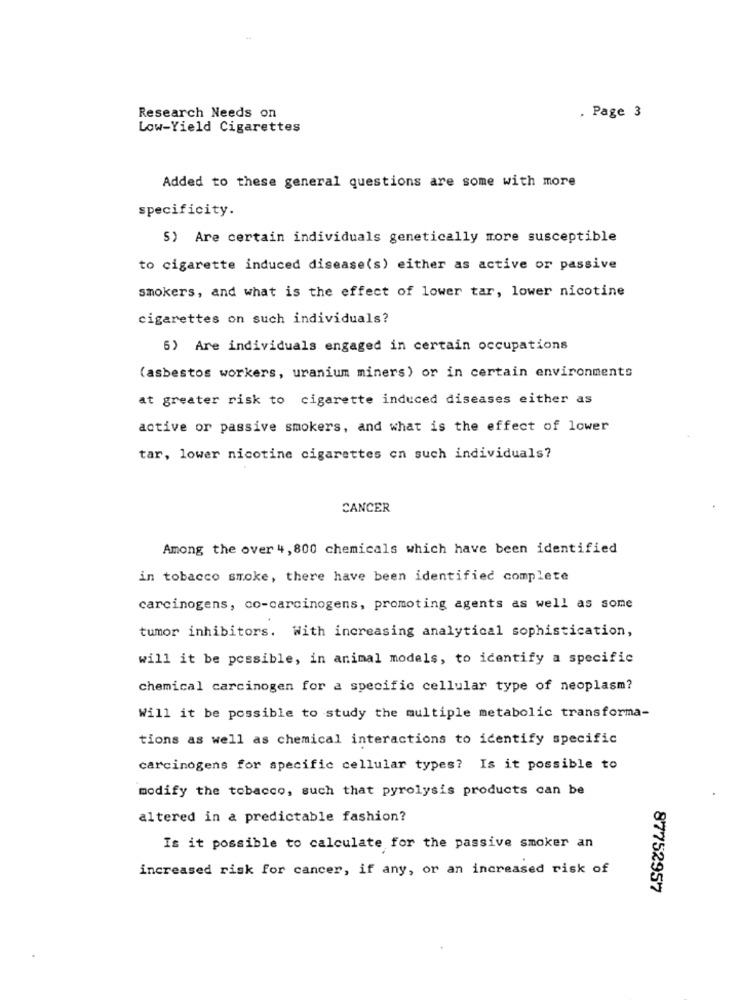
Research Needs on
. Page 3
Low-Yield Cigarettes
Added to these general questions are some with more
specificity.
S) Are certain individuals genetically more susceptible
to cigarette induced disease(s) either as active or passive
smokers, and what is the effect of lower tar, lower nicotine
cigarettes on such individuals?
5) Are individuals engaged in certain occupations
(asbestos workers, uranium miners) or in certain environments
at greater risk to cigarette induced diseases either as
active or passive smokers, and what is the effect of lower
tar, lower nicotine cigarettes en such individuals?
CANCER
Among the over 4, 800 chemicals which have been identified
in tobacco smoke, there have been identified complete
carcinogens, co-carcinogens, promoting agents as well as some
tumor inhibitors. With increasing analytical sophistication,
will it be possible, in animal models, to identify a specific
chemical carcinogen for a specific cellular type of neoplasm?
Will it be possible to study the multiple metabolic transforma-
tions as well as chemical interactions to identify specific
carcinogens for specific cellular types? Is it possible to
modify the tobacco, such that pyrolysis products can be
altered in a predictable fashion?
Is it possible to calculate for the passive smoker an
increased risk for cancer, if any, or an increased risk of
87752957